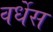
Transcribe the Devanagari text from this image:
वर्धेस